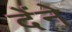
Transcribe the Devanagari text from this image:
देंने